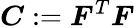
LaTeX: {\boldsymbol{C}}:={\boldsymbol{F}}^{T}{\boldsymbol{F}}